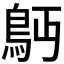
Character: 𩾳